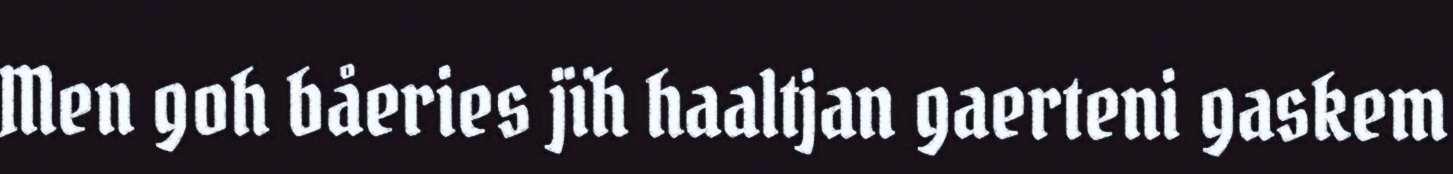
Men goh båeries jïh haaltjan gaerteni gaskem